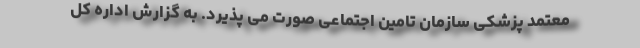
معتمد پزشکی سازمان تامین اجتماعی صورت می پذیرد. به گزارش اداره کل